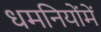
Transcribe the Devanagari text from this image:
धमनियोंमें